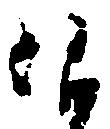
仰